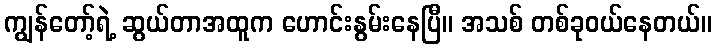
ကျွန်တော့်ရဲ့ ဆွယ်တာအထူက ဟောင်းနွမ်းနေပြီ။ အသစ် တစ်ခုဝယ်နေတယ်။